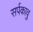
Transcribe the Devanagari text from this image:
सर्पकावु